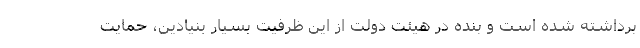
برداشته شده است و بنده در هیئت دولت از این ظرفیت بسیار بنیادین، حمایت